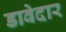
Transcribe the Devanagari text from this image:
डावेदार